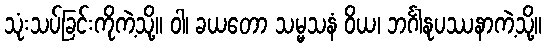
သုံးသပ်ခြင်းကိုကဲ့သို့။ ဝါ၊ ခယတော သမ္မသနံ ဝိယ၊ ဘင်္ဂါနုပဿနာကဲ့သို့။